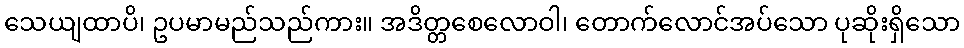
သေယျထာပိ၊ ဥပမာမည်သည်ကား။ အဒိတ္တစေလောဝါ၊ တောက်လောင်အပ်သော ပုဆိုးရှိသော